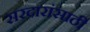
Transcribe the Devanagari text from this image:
सरदारांसाठी